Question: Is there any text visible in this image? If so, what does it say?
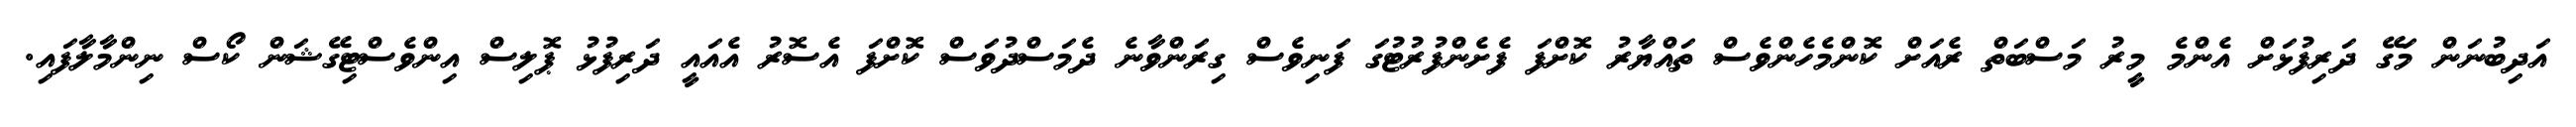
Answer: އަދިބުނަން މަގޭ ދަރިފުޅަށް އެންމެ މީރު މަސްބަތް ރެއަށް ކޮންމެހެންވެސް ތައްޔާރު ކޮށްފަ ފެށެންފުރުޓުގަ ފަނިވެސް ގިރަންވާނެ ދެމަސްދުވަސް ކޮށްފަ އެސޮރު އެއައީ ދަރިފުޅު ޕޮލިސް އިންވެސްޓިގޭޝަން ކޯސް ނިންމާލާފައި.